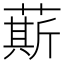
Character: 䔮